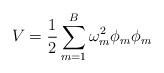
LaTeX: \begin{align*}V = \frac{1}{2} \sum_{m=1}^{B} \omega^{2}_{m} \phi_{m} \phi_{m}\end{align*}